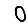
Digit: 0